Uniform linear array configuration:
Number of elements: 4
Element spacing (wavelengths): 0.5
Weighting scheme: kaiser
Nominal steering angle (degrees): -15
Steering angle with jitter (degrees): -16.644
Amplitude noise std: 0.05
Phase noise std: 0.05

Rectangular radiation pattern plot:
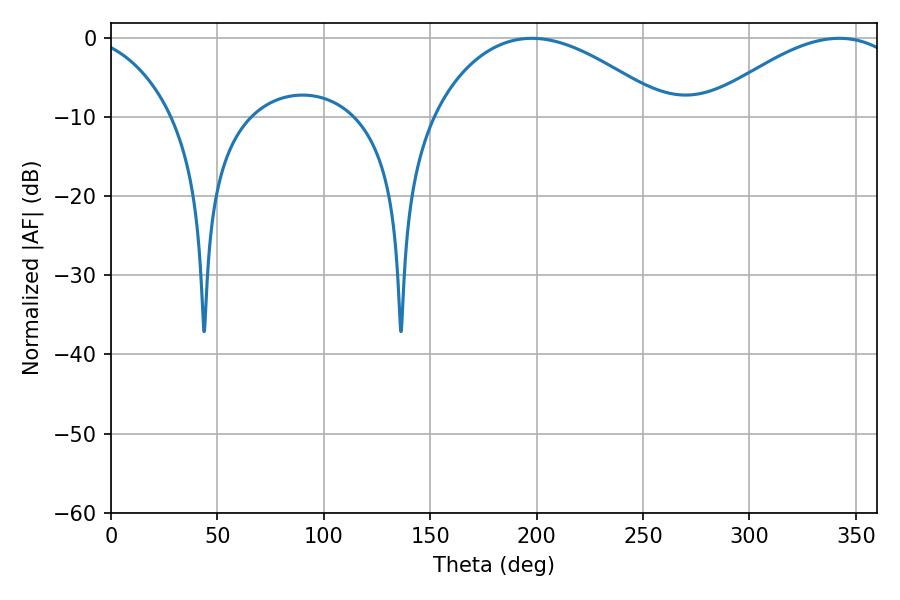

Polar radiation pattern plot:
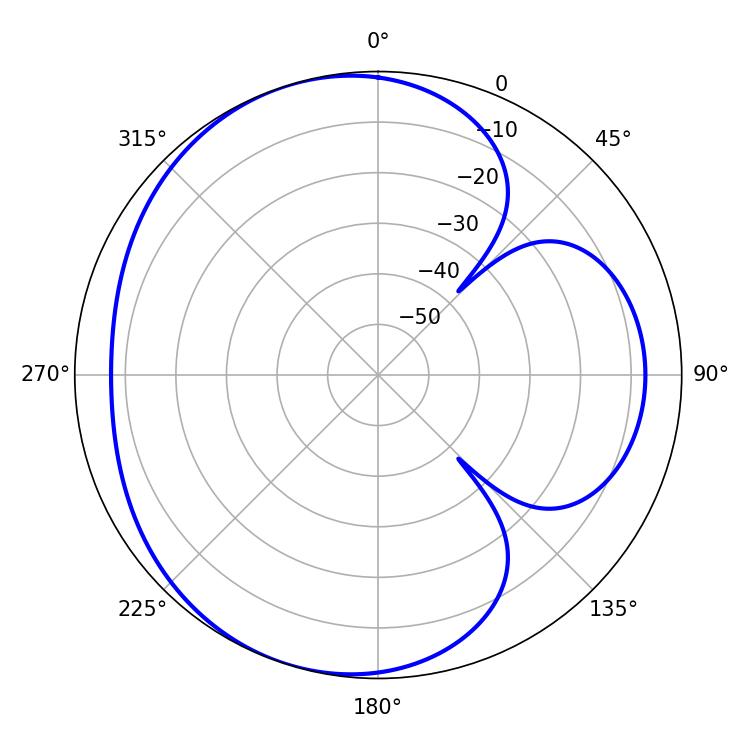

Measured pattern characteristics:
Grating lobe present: FALSE
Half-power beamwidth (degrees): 61.2
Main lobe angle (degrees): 197.82